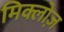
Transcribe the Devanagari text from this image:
मिक्लोज़